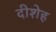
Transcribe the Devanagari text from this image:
दीशेह